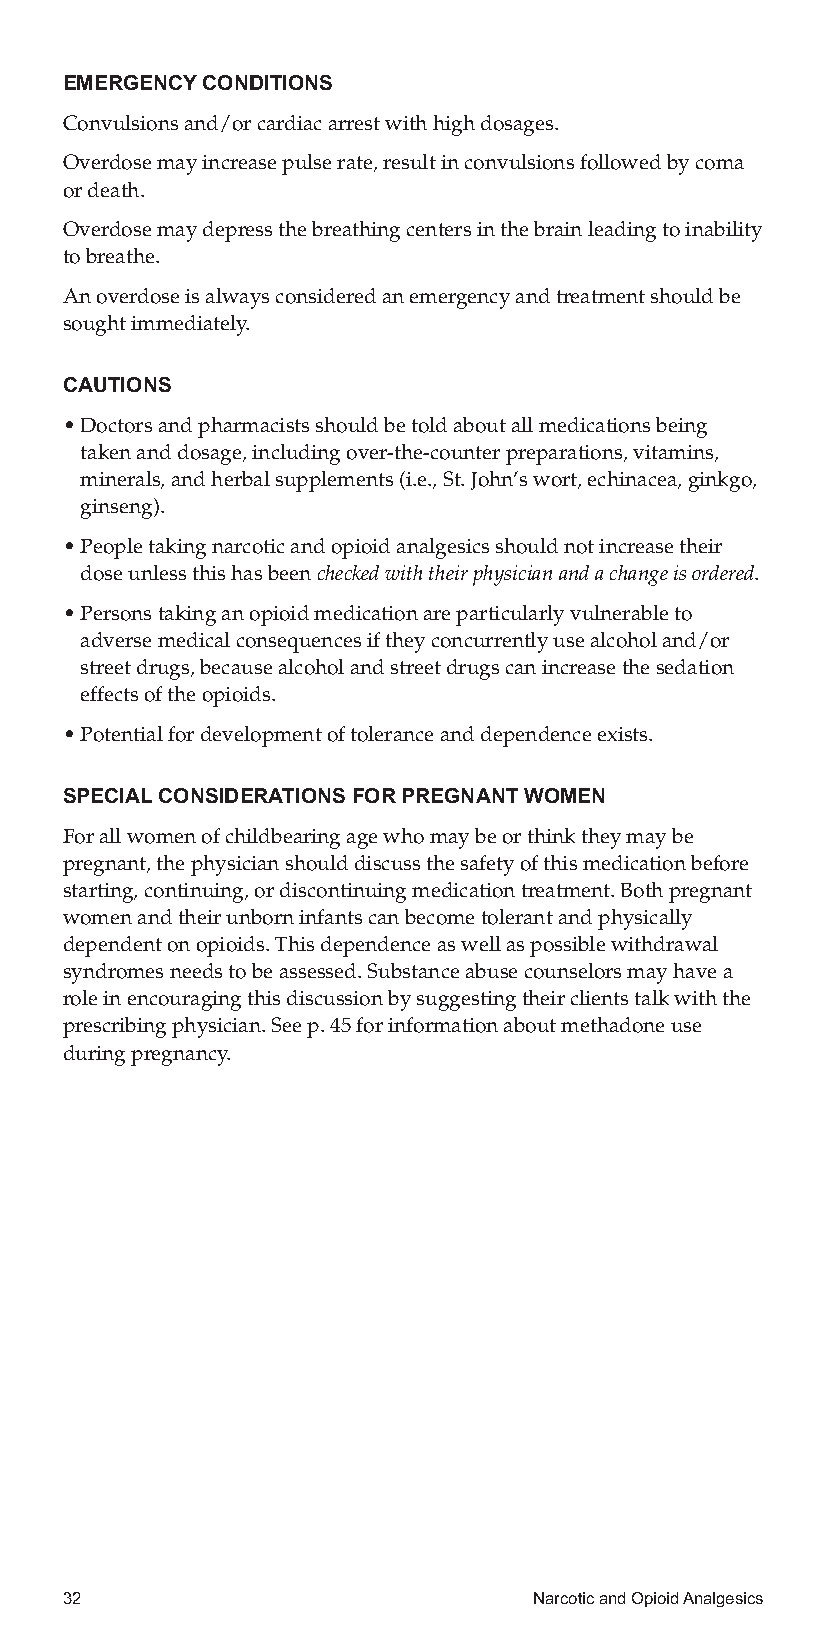
EMERGENCYCONDITIONS
 Convulsionsand/orcardiacarrestwithhighdosages.
 Overdosemayincreasepulserate,resultinconvulsionsfollowedbycoma
 ordeath.
 Overdosemaydepressthebreathingcentersinthebrainleadingtoinability
 tobreathe.
 Anoverdoseisalwaysconsideredanemergencyandtreatmentshouldbe
 soughtimmediately.
 CAUTIONS
 •Doctorsandpharmacistsshouldbetoldaboutallmedicationsbeing
 takenanddosage,includingover-the-counterpreparations,vitamins,
 minerals,andherbalsupplements(i.e.,St.John’swort,echinacea,ginkgo,
 ginseng).
 •Peopletakingnarcoticandopioidanalgesicsshouldnotincreasetheir
 doseunlessthishasbeencheckedwiththeirphysicianandachangeisordered.
 •Personstakinganopioidmedicationareparticularlyvulnerableto
 adversemedicalconsequencesiftheyconcurrentlyusealcoholand/or
 streetdrugs,becausealcoholandstreetdrugscanincreasethesedation
 effectsoftheopioids.
 •Potentialfordevelopmentoftoleranceanddependenceexists.
 SPECIALCONSIDERATIONSFORPREGNANTWOMEN
 Forallwomenofchildbearingagewhomaybeorthinktheymaybe
 pregnant,thephysicianshoulddiscussthesafetyofthismedicationbefore
 starting,continuing,ordiscontinuingmedicationtreatment.Bothpregnant
 womenandtheirunborninfantscanbecometolerantandphysically
 dependentonopioids.Thisdependenceaswellaspossiblewithdrawal
 syndromesneedstobeassessed.Substanceabusecounselorsmayhavea
 roleinencouragingthisdiscussionbysuggestingtheirclientstalkwiththe
 prescribingphysician.Seep.45forinformationaboutmethadoneuse
 duringpregnancy.
 32                             NarcoticandOpioidAnalgesics